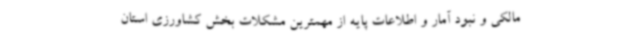
مالکی و نبود آمار و اطلاعات پایه از مهمترین مشکلات بخش کشاورزی استان